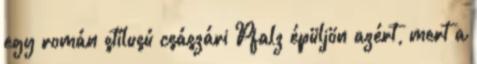
egy román stílusú császári Pfalz épüljön azért, mert a